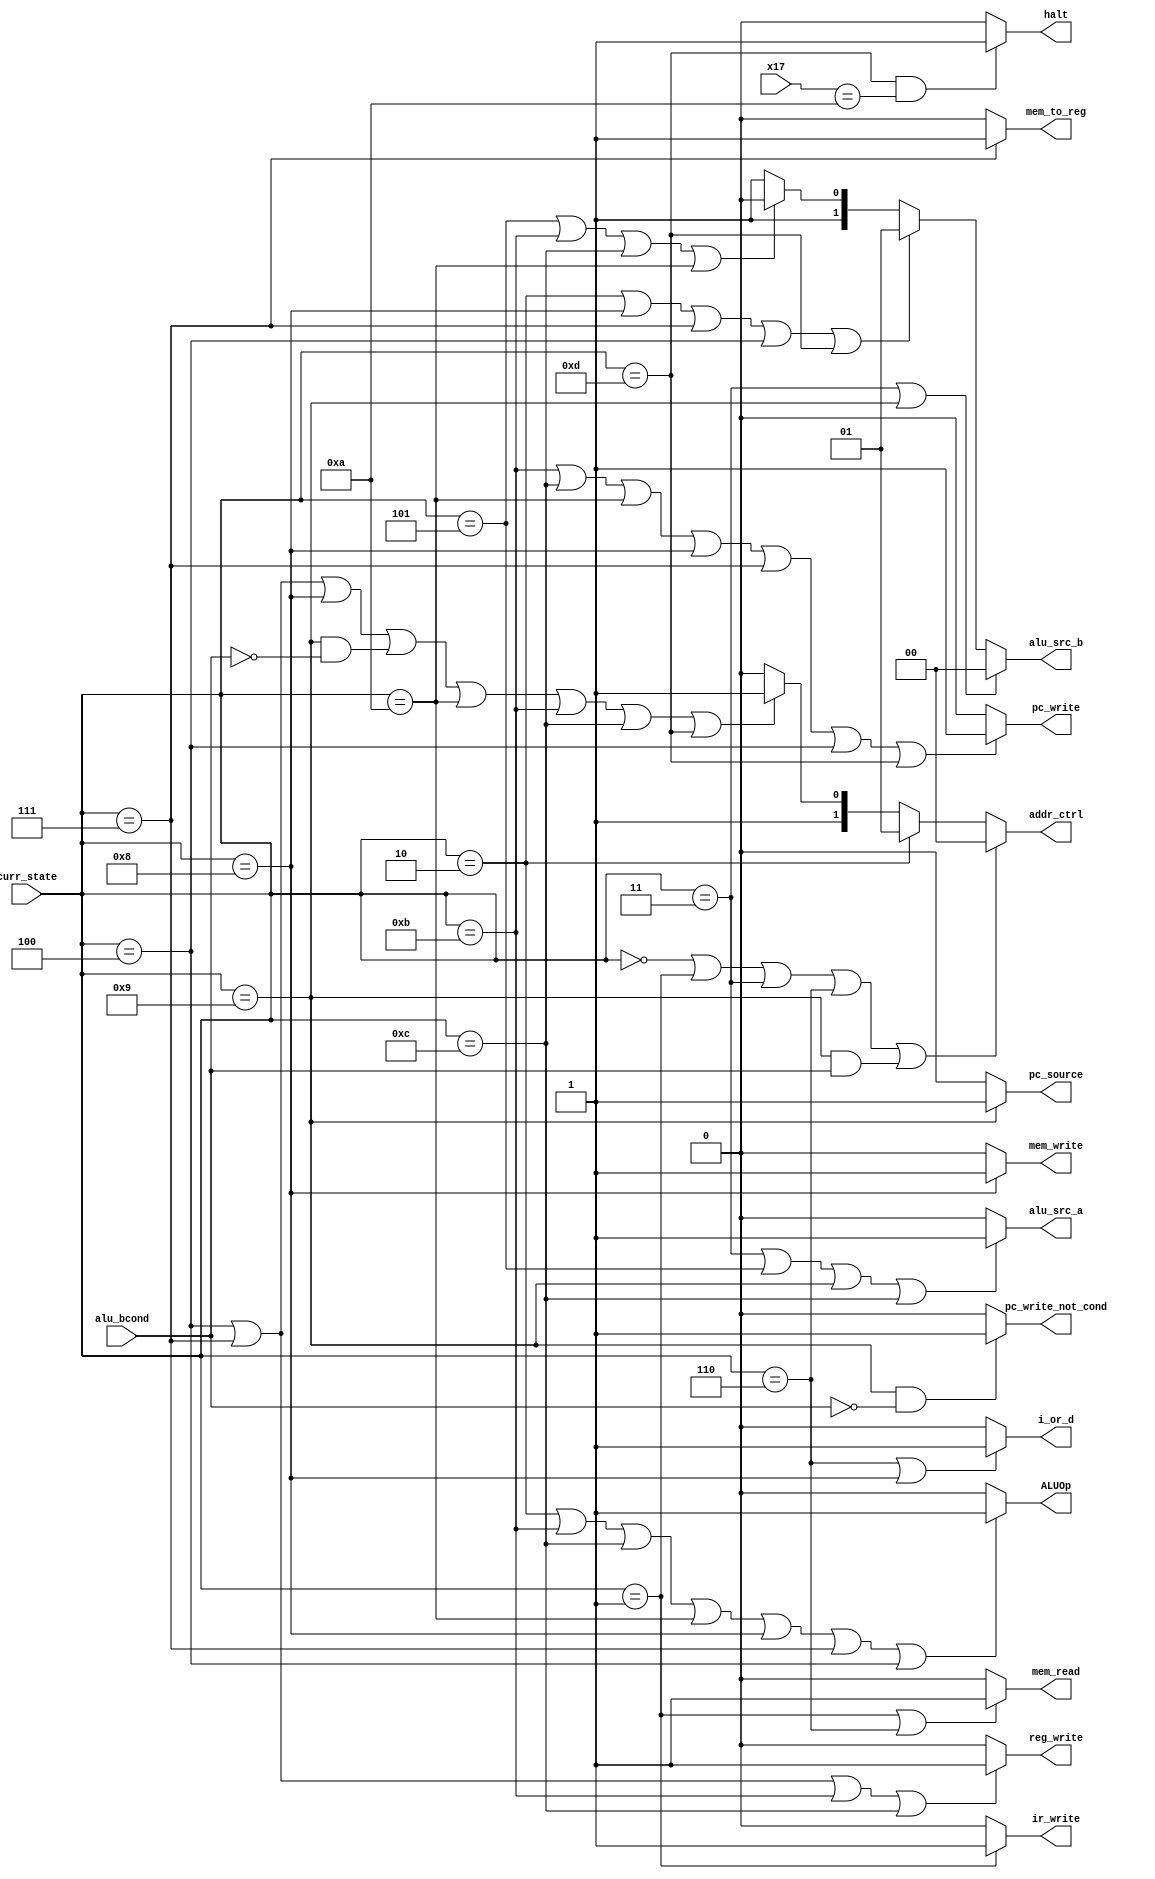
module MicroCode(
   input alu_bcond,
   input [31:0] x17,
   input [3:0] curr_state,
   output pc_write_not_cond, //output
   output pc_write,     //output
   output i_or_d, //output
   output mem_read, //output
   output mem_write, //output
   output mem_to_reg, //output
   output ir_write, //output
   output pc_source, //output
   output alu_src_a, //output
   output [1:0] alu_src_b, //output
   output reg_write, //output
   output ALUOp, //output
   output halt, //output
   output [1:0] addr_ctrl
   );
    
//signal 
   assign pc_write_not_cond = (curr_state == 9 && alu_bcond == 0) ? 1 : 0;
   assign pc_write = (curr_state == 11 || curr_state == 12 || curr_state == 10 || curr_state == 8 || curr_state == 7 || curr_state == 4 || curr_state == 13) ? 1 : 0;
   assign i_or_d = (curr_state == 6 || curr_state == 8) ? 1 : 0;
   assign mem_read = (curr_state == 1 || curr_state == 6) ? 1 : 0;
   assign mem_write = (curr_state == 8) ? 1 : 0;
   assign mem_to_reg  = (curr_state == 7) ? 1 : 0;
   assign ir_write = (curr_state == 1) ? 1 : 0;
   assign pc_source = (curr_state == 9) ? 1 : 0;
   assign alu_src_a = (curr_state == 3 || curr_state == 5 || curr_state == 9 || curr_state == 12) ? 1 : 0; //1: 3,4,5,7 
   assign alu_src_b = (curr_state == 3 || curr_state == 9) ? 2'b00 : ((curr_state == 2 || curr_state == 8 || curr_state == 7 ||  curr_state == 4 || curr_state == 13) ? 2'b01 : ((curr_state == 5 || curr_state == 11 || curr_state == 12 || curr_state == 10) ? 2'b10 : 2'b11));//0: 3,5   1: 2,10,11,12    2: 4,6,7,8
   assign reg_write = (curr_state ==4 || curr_state == 7 || curr_state == 11 || curr_state == 12) ? 1 : 0; //12,11,6,7
   assign ALUOp = (curr_state == 2 || curr_state == 11 || curr_state == 12 || curr_state == 10 || curr_state == 8 || curr_state == 7 || curr_state == 4) ? 1 : 0;// 1 : always add (pc+4, pc+imm) 0: depends on opcode  //1,12,11,10,6,7,8
   assign halt = (curr_state == 13 && x17 == 10) ? 1 : 0; //output

//addr ctrl logic
   assign addr_ctrl = (curr_state == 0 || curr_state == 1 || curr_state == 3 || curr_state == 6 || (curr_state == 9 && alu_bcond)) ? 2'b00 :
      (curr_state == 2 ? 2'b01 :
      (curr_state == 4 || curr_state == 7 || curr_state == 8 || (curr_state == 9 && !alu_bcond) || curr_state == 10 || curr_state == 11 || curr_state == 12 || curr_state == 13 ? 2'b11 :
      2'b10));

//0: 0,1,3,6,9(if bcond)   1:2    2:5   3:4,7,8,9(if!bcond),10,11,12,13


endmodule